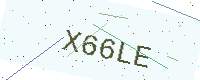
Text: X66LE